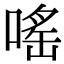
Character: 嗂